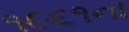
૧૯૬૧ના